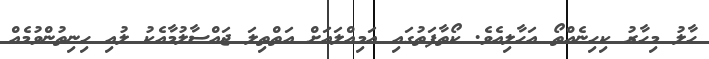
ހާލު މިހާރު ކިހިނެއްތޯ އަހާލިއެވެ. ކޯތާފަތުގައި އަމިއްލައަށް އަތްތިލަ ޖައްސާލުމާއެކު ލުއި ހިނިތުންވުމެއް